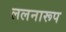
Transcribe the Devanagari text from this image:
ललनारूप